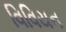
વિવિયન